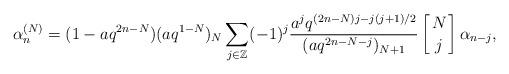
LaTeX: \begin{align*}\alpha^{(N)}_n=(1-aq^{2n-N})(aq^{1-N})_N\sum_{j\in \mathbb{Z}}(-1)^j \frac{a^j q^{(2n-N)j-j(j+1)/2}}{(aq^{2n-N-j})_{N+1}}\left[{N\atop j}\right]\alpha_{n-j},\end{align*}